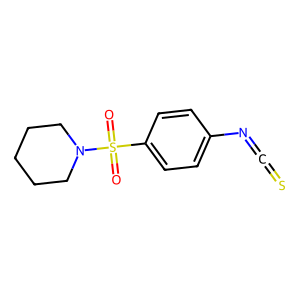
SMILES: O=S(=O)(c1ccc(N=C=S)cc1)N1CCCCC1
Inhibits HIV replication: No